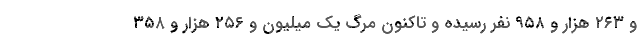
و ۲۶۳ هزار و ۹۵۸ نفر رسیده و تاکنون مرگ یک میلیون و ۲۵۶ هزار و ۳۵۸